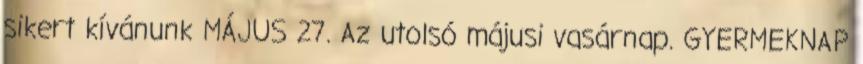
sikert kívánunk MÁJUS 27. Az utolsó májusi vasárnap. GYERMEKNAP